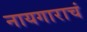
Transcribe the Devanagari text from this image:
नायगाराचं